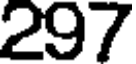
297